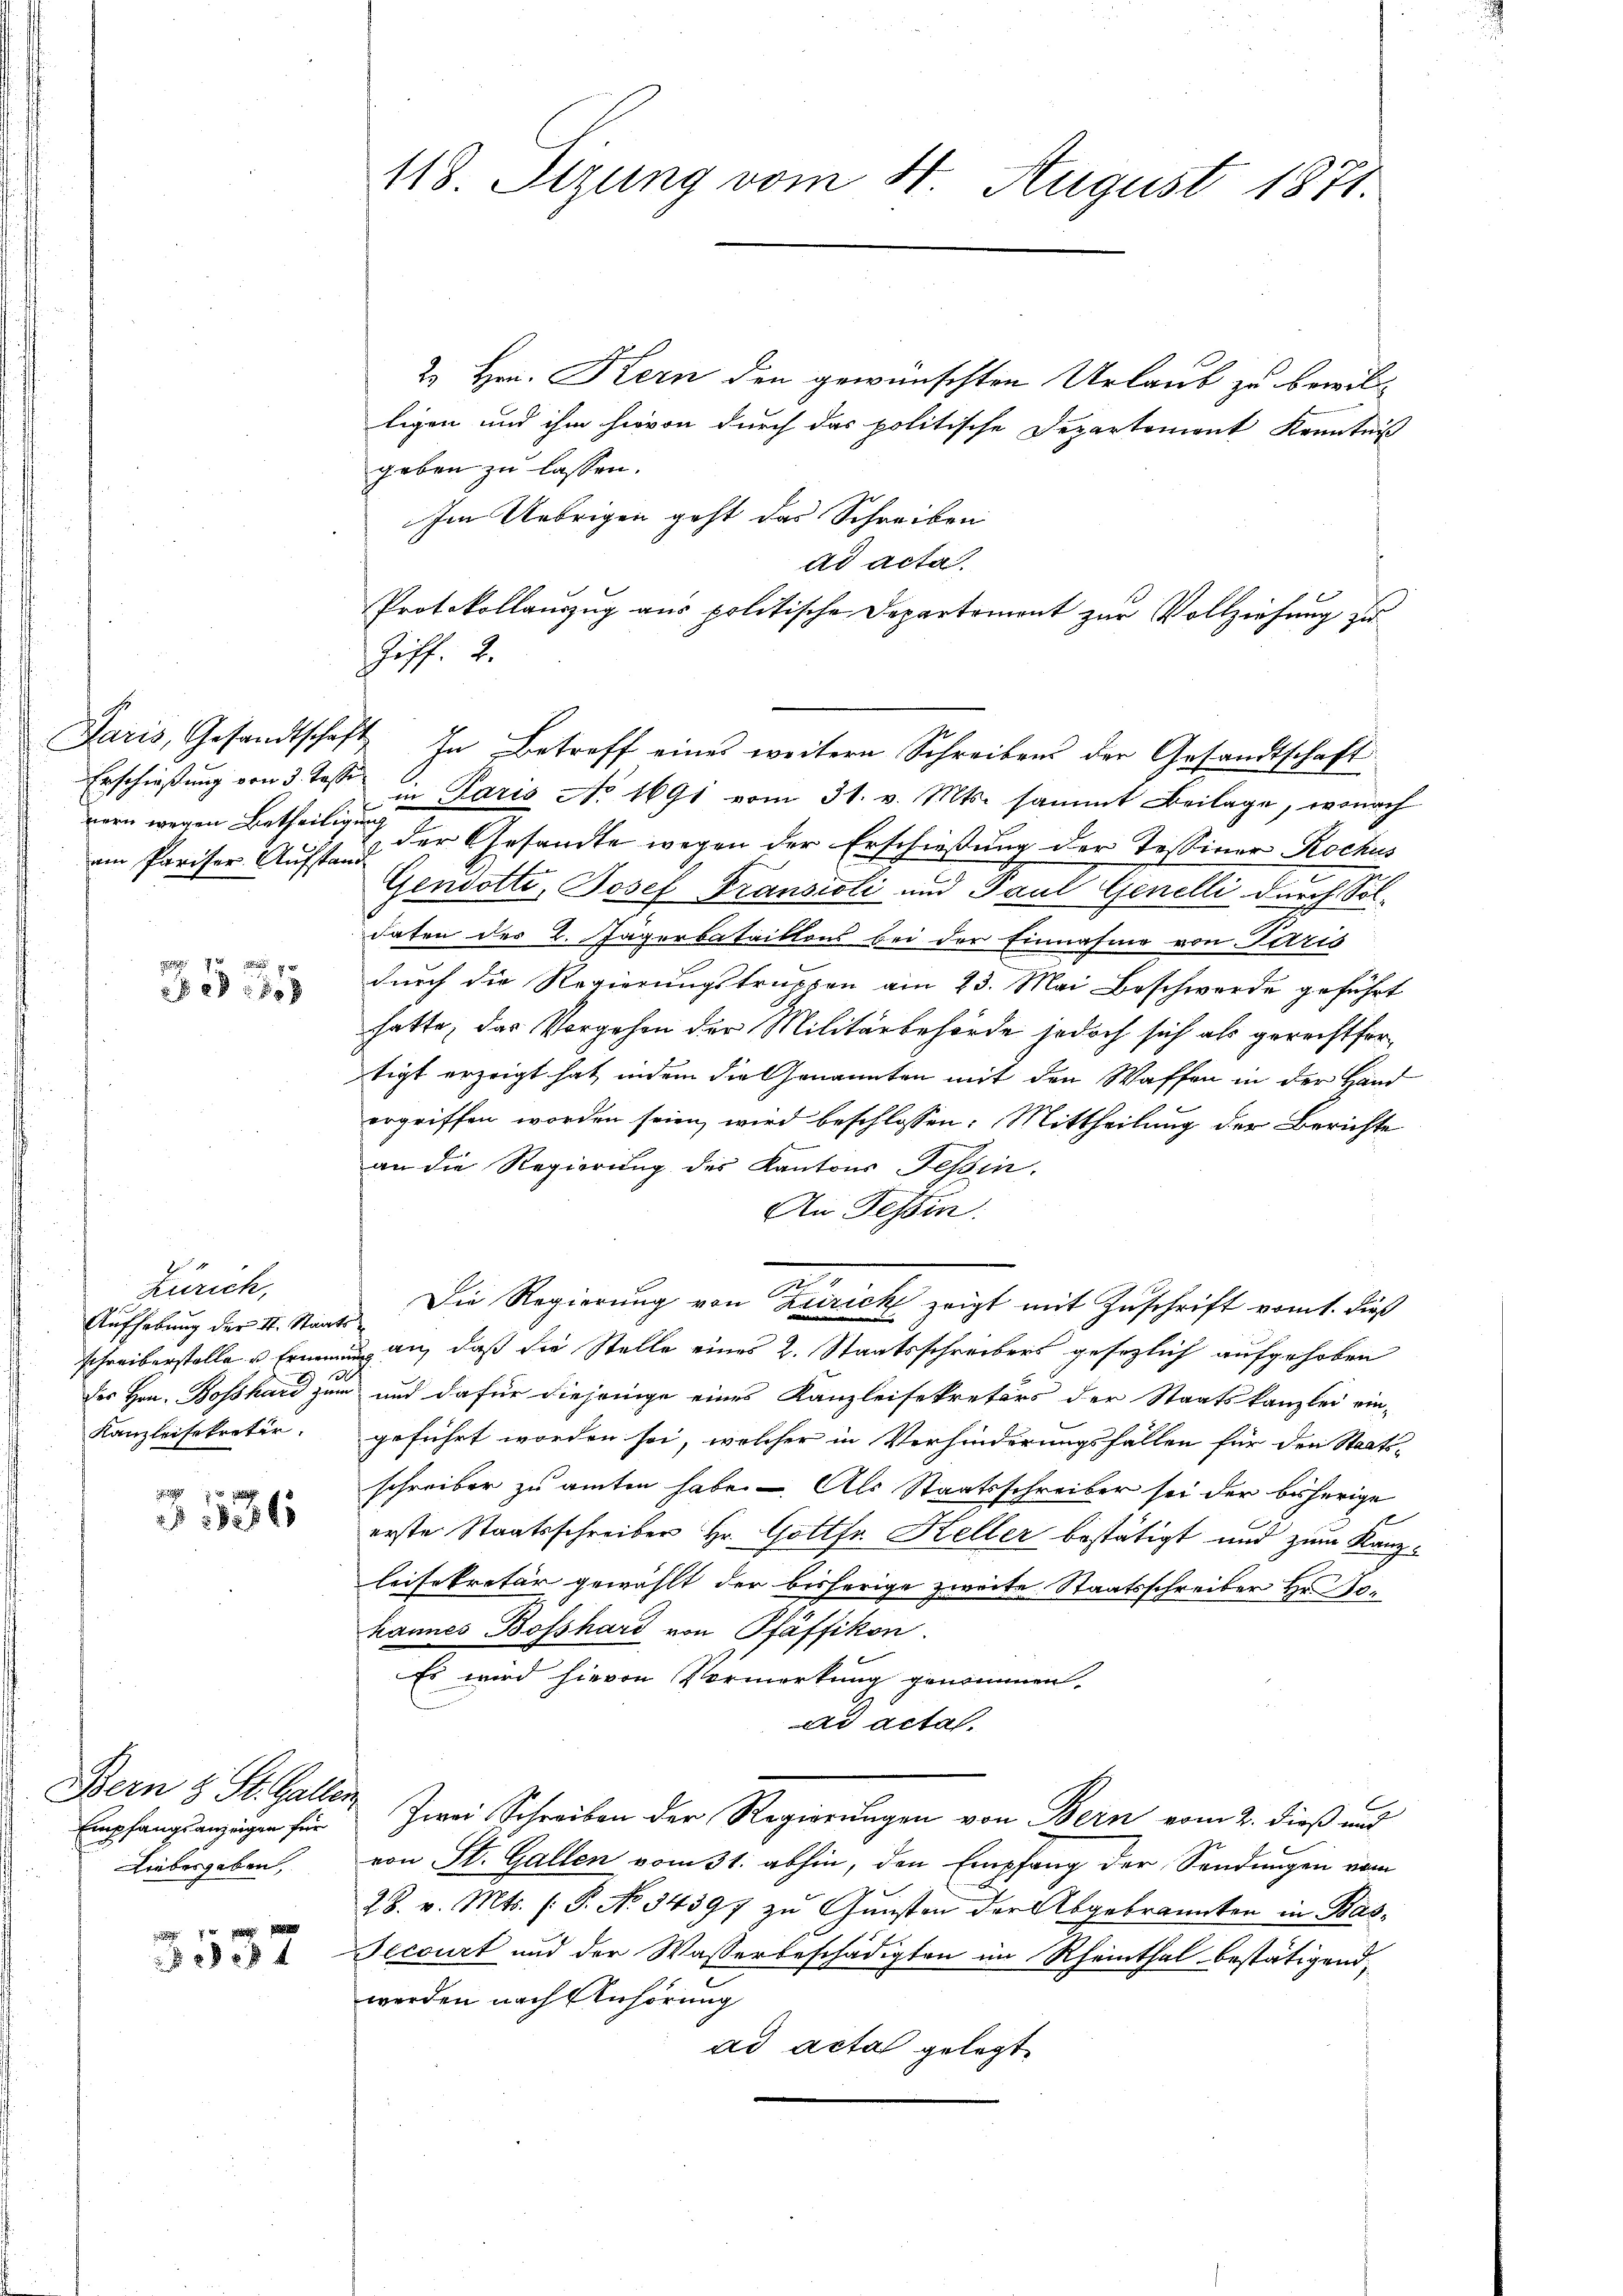
am Pariser Aufstand

7 xxx
 2f 55 xx

Zürich,
Aufhebung der St. Staatsschreiberstelle u Ernennen
e
des Hrn. Bosshard zum
Kanzleisekretär.

536

Bern 4 St. Gallen
Empfangsanzeigen für
Liebesgaben,

7 x
3337

118. Sizung vom 4. August 1871.

2 Hrn. Kern den gewünschten Urlaub zu bewilligen und ihm hievon durch das politische Departemont Kenntniß
geben zu lassen.
Im Uebrigen geht das Schreiben
ad acta.
Protokollauszug aus politische Departement zur Vollziehung zu
Ziff. 2.
Paris, Gesandtschaft in Betreff eines weitere Schreibens der Gesandtschaft.
Erschießung von 3 Tasse in Paris No 1691 vom 31. v. Mts. sammt Beilage, wonach
vorn wegen Betheilung der Gesandte wegen der Erschießung der Tessiner Rochus
Gensstti, Josef Fransieli und Paul Genelli durch Soldaten des 2. Jagerbataillons bei der Einnahme von Paris
durch die Regierungstruppen am 23. Mai Beschwerde geführt
hatte, das Vorgehen der Militärbehörde jedoch sich als gerechtfertigt erzeigt hat, indem die Genannten mit den Waffen in der Hand
ergriffen worden seien, wird beschlossen: Mittheilung der Berichte
an die Regierung des Kantons Tessin
An Tessin.
Die Regierung von Turich zeigt mit Zuschrift vom 1. Fuß
ug an, daß die Stelle eines 2. Staatsschreibers gesezlich aufgehoben
und dafür diejenige eines Kanzleisekretärs der Staatskanzlei ein-
geführt worden sei, welcher in Verhinderungsfallen für den Staats-
schreiber zu amten habe. – Als Staatsschreiber sei der bisherige
erste Staatsschreiber Hr. Gottfr. Keller bestätigt und zum Kanzleisekretär gewählt der bisherige zweite Staatsschreiber Hr. Tohannes Bosshard von Pfäffikon.
Es wird hievon Vormerkung genommen.
ad actal.
Zwei Schreiben der Regierungen von Bern vom 2. dieß und
von St. Gallen vom 31. abhin, den Empfang der Sendungen vom
28. v. Mts. s. S. No. 34397 zu Gunsten der Abgebrannten in Bas¬
Fecourt und der Wasserbeschädigten im Rheinthal bestätigend,
werden nach Anhörung
ad acta gelegt.